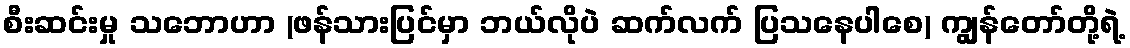
စီးဆင်းမှု သဘောဟာ (ဖန်သားပြင်မှာ ဘယ်လိုပဲ ဆက်လက် ပြသနေပါစေ) ကျွန်တော်တို့ရဲ့